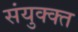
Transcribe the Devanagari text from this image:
संयुक्क्त